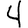
Digit: 4